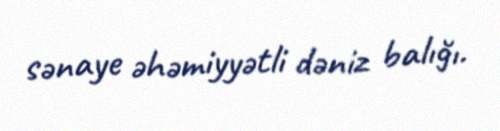
sənaye əhəmiyyətli dəniz balığı.